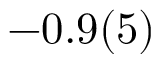
- 0 . 9 ( 5 )